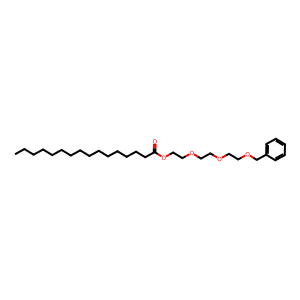
SMILES: CCCCCCCCCCCCCCCC(=O)OCCOCCOCCOCc1ccccc1
Inhibits HIV replication: No